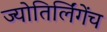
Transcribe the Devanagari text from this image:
ज्योतिर्लिंगेंच